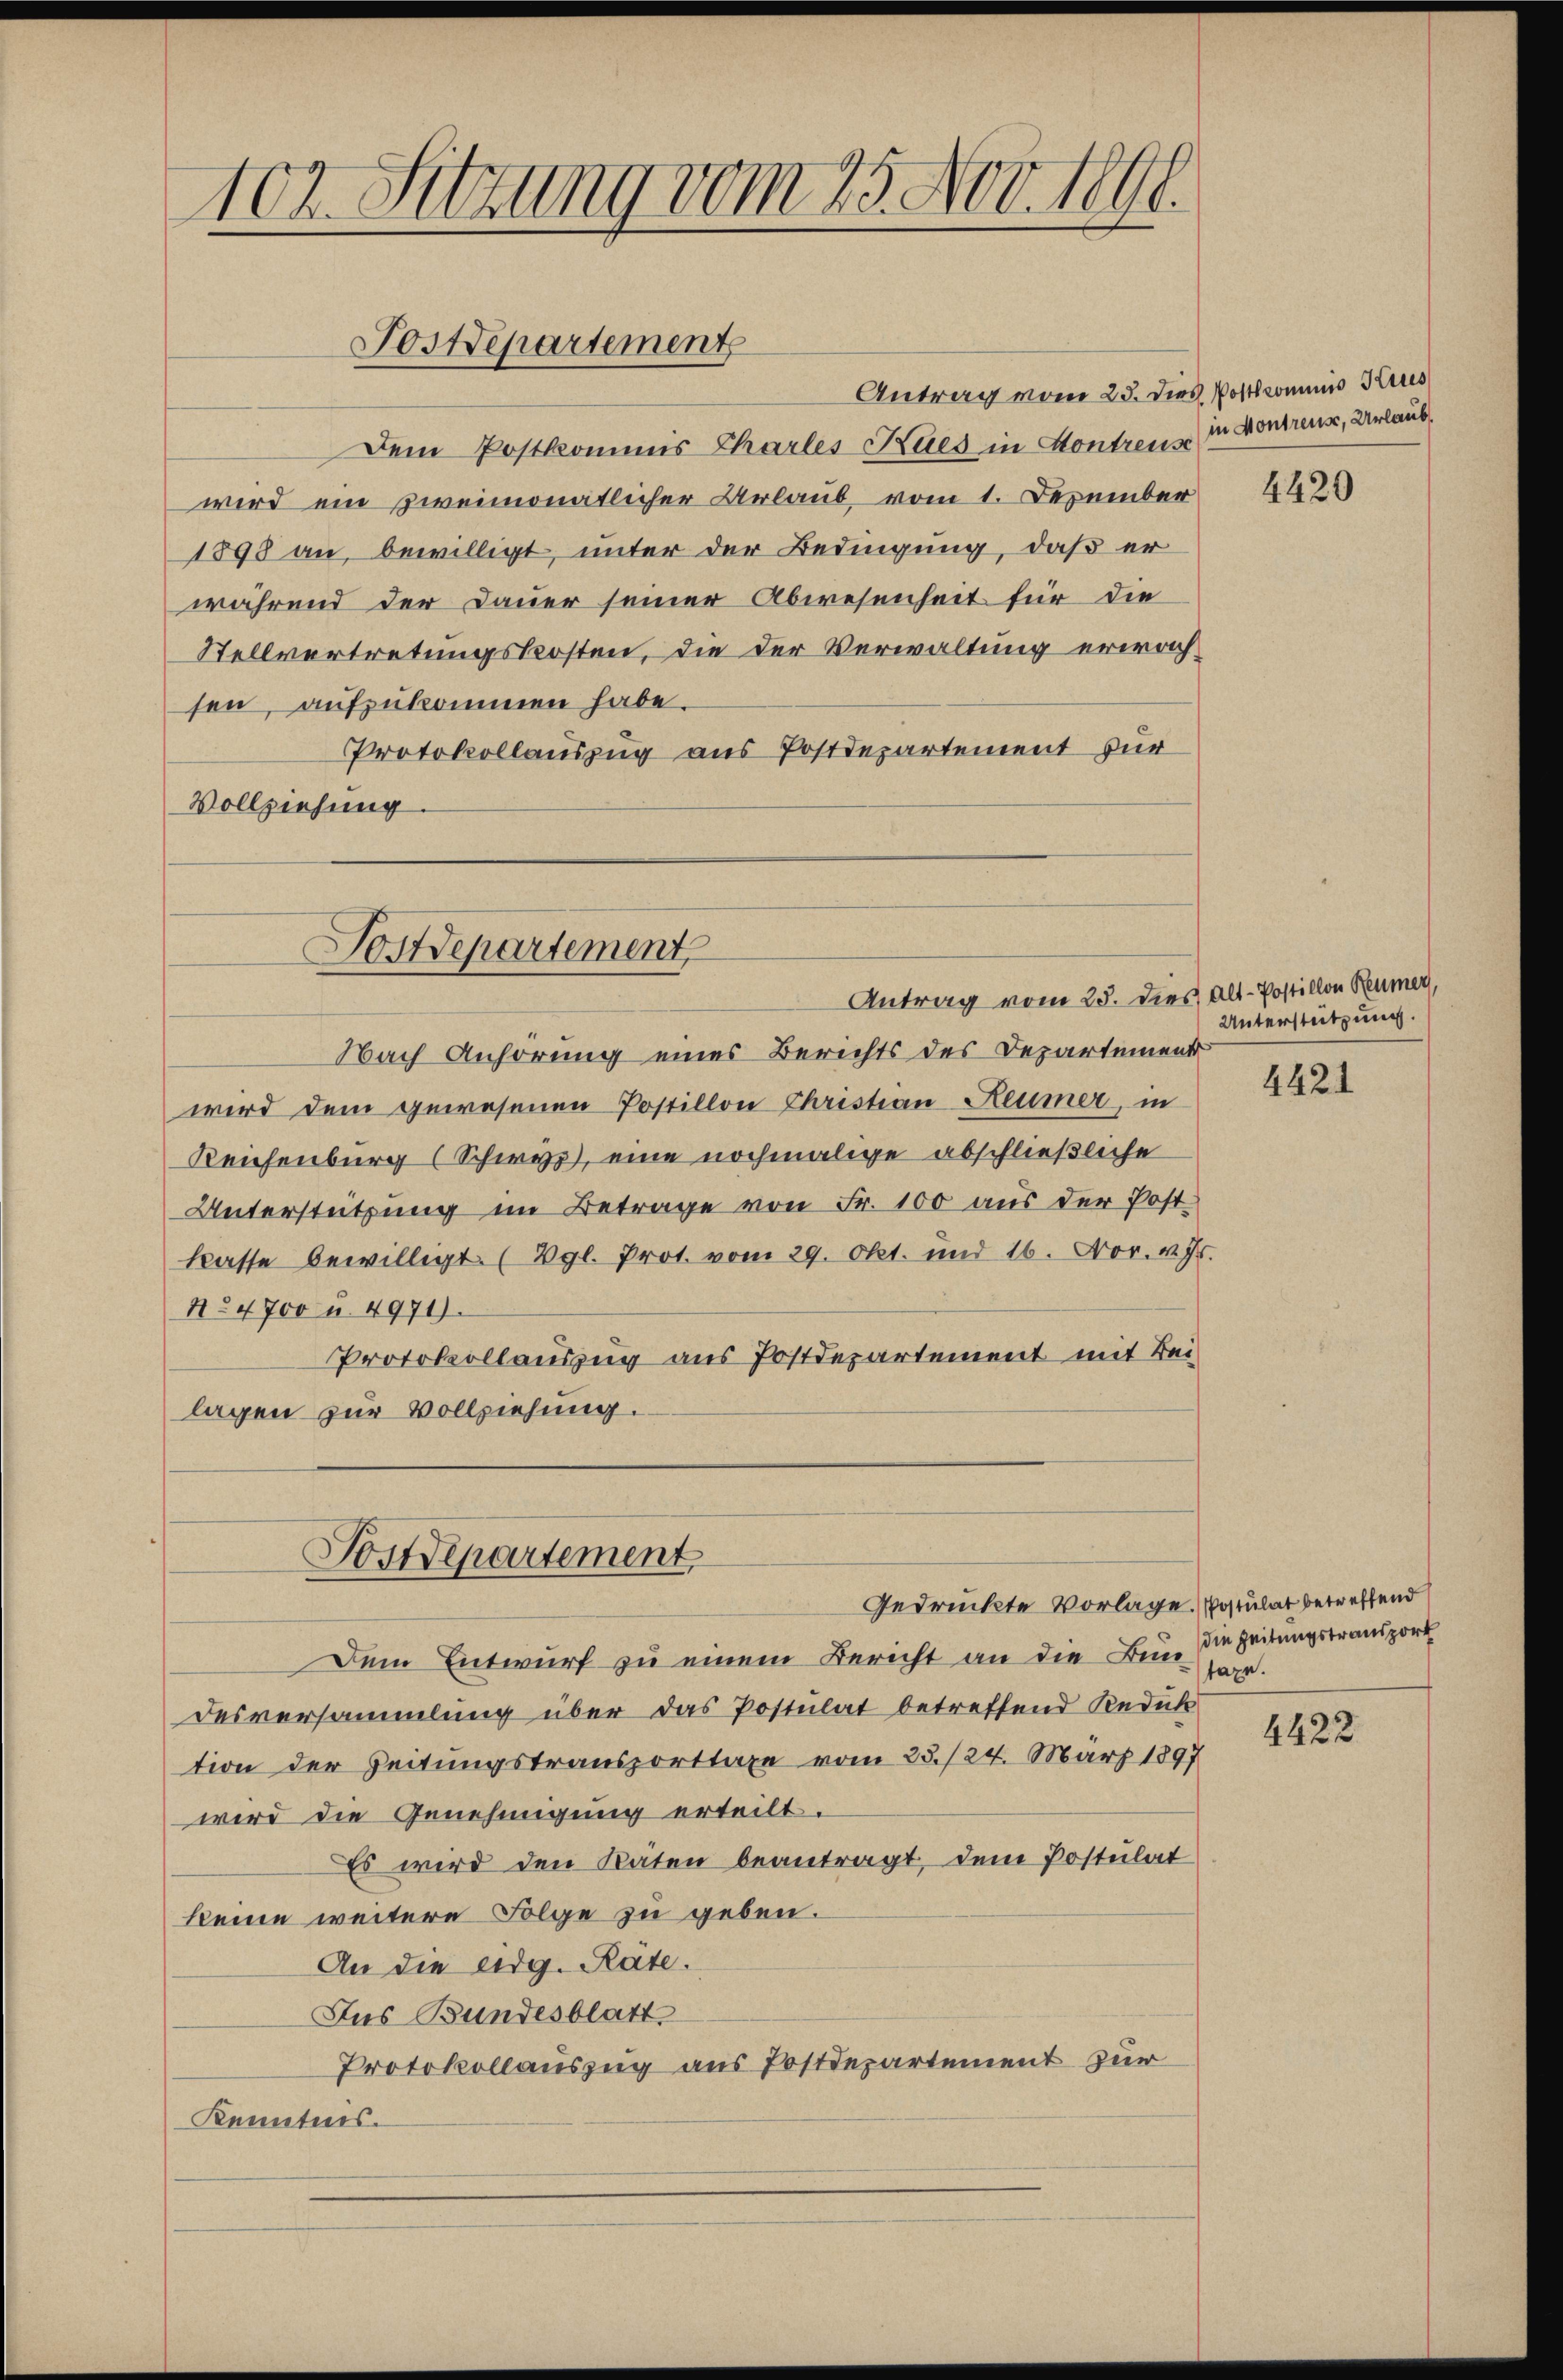
Antrag vom 23. Dies Postkommis Kies
Dem Postkommis Charles Kies in Kontreuz in Kontreur, Urlaub
wird ein zweimonatlicher Urlaub, vom 1. Dezember
1898 an, bewilligt, unter der Bedingung, daß er
während der Dauer seiner Abwesenheit für die
Stellvertretungskosten, die der Verwaltung erwachsen, aufzukommen habe.
Protokollauszug aus Postdepartement zur
Vollziehung

102. Sitzung vom 25. Nov. 1891.

Postdepartement

Postdepartement
Antrag vom 25. dies Alt-Postillon Reumer,

Nach Anhörung eines Berichts des Departement
wird dem gewesenen Postillon Christian Reumer, in
Reichenburg (Schwyz, eine nochmalige abschließliche
Unterstützung im Betrage von Fr. 100 aus der Postkaste bewilligt. (Vgl. Prot. vom 29. Okt. und 16. Nov. v. Js.
No 4700 u. 4971).
Protokollauszug aus Postdepartement mit Bei-
lagen zur Vollziehung.

Postdepartement
Gedrückte Vorlage. Postulat betreffend

Dem Entwurf zu einem Bericht an die Bunde Zeitungstransport
desversammlung über das Postulat betreffend Reduk
tion der Zeitungstransporttaxe vom 25./24. März 1897
wird die Genehmigung erteilt.
Es wird den Räten beantragt, dem Postulat
keine weitere Folge zu geben.
An die eidg. Räte.
Jus Bundesblatt
Protokollauszug aus Postdepartement zur
Kenntnis.

4420

Unterstützung.

4421

taxe.

4422